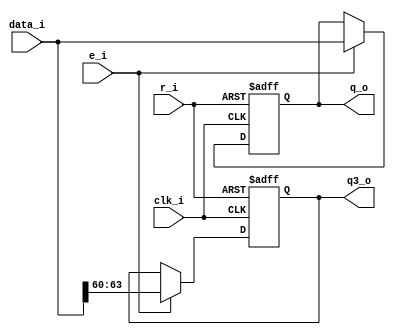
module reg_fpga
(
	clk_i,
	r_i,
	e_i,
	data_i,
	q_o,
	q3_o
);

localparam N = 64;
localparam N1 = 4;

input wire clk_i,r_i,e_i;
input wire [N-1:0]data_i;
output reg [N-1:0]q_o;
output reg [N1-1:0]q3_o;

always@(posedge clk_i or posedge r_i) begin 
	if(r_i) begin
		q_o <= 64'b0;
		q3_o <= 4'b0;
	end 
	else if (e_i) begin
		q_o <= data_i;
		q3_o <= data_i[63:60];
	end
end 

endmodule